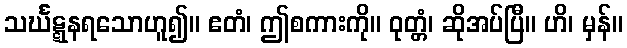
သင်္ဃဋ္ဋနရသောဟူ၍။ ဧတံ၊ ဤစကားကို။ ဝုတ္တံ၊ ဆိုအပ်ပြီ။ ဟိ၊ မှန်။